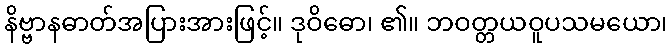
နိဗ္ဗာနဓာတ်အပြားအားဖြင့်။ ဒုဝိဓော၊ ၏။ ဘဝတ္တယဝူပသမယော၊